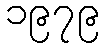
၁၉၇၉